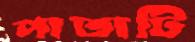
পাতাটি